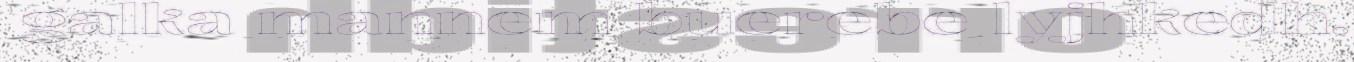
galka mannem buerebe lyjhkedh.